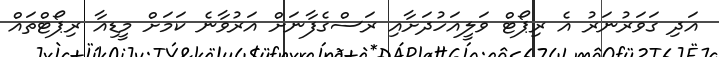
އަދި ގަވަރުނަރު އެ ރިޕޯޓް ވަލީއަހުދަށާއި ރަސްގެފާނަށް އަރުވާނެ ކަމަށް މީޑިއާ ރިޕޯޓްތައް